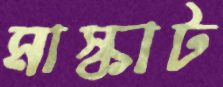
মাস্কাট